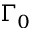
\Gamma _ { 0 }